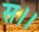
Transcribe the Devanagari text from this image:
स।।